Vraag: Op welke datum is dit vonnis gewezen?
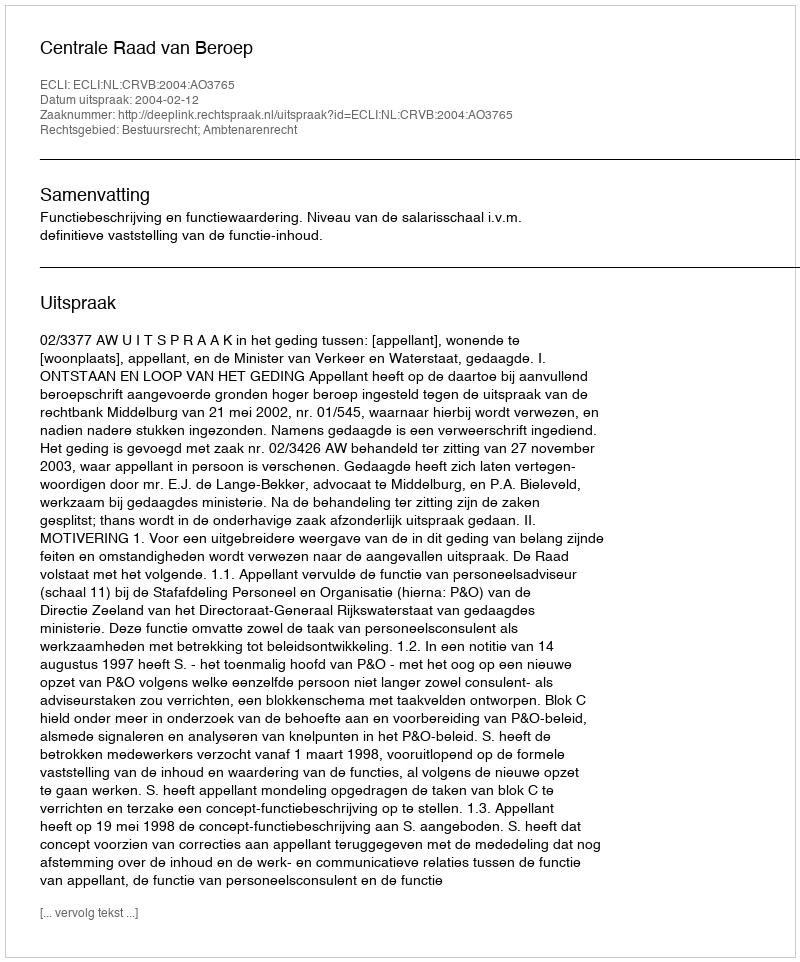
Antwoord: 2004-02-12